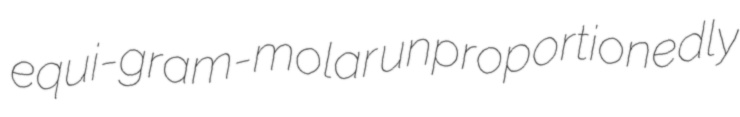
equi-gram-molar unproportionedly